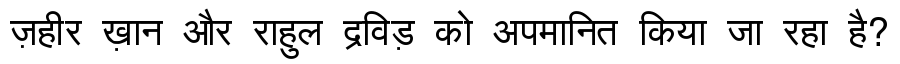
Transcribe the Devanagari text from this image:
ज़हीर ख़ान और राहुल द्रविड़ को अपमानित किया जा रहा है?